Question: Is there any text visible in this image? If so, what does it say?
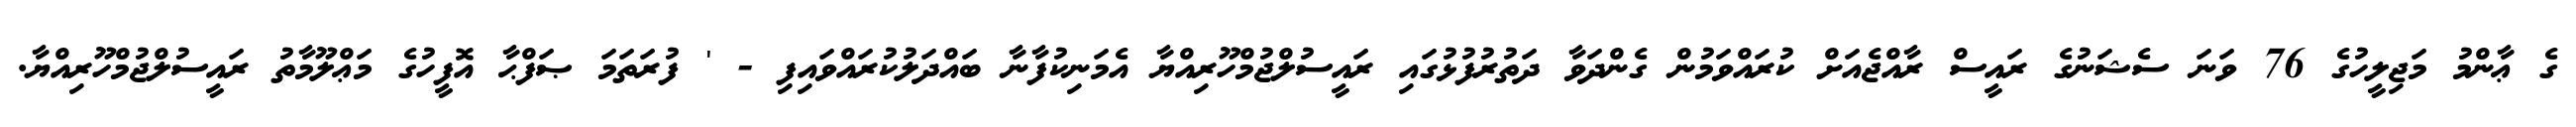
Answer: ގެ ޢާންމު މަޖިލީހުގެ 76 ވަނަ ސެޝަނުގެ ރައީސް ރާއްޖެއަށް ކުރައްވަމުން ގެންދަވާ ދަތުރުފުޅުގައި ރައީސުލްޖުމްހޫރިއްޔާ އެމަނިކުފާނާ ބައްދަލުކުރައްވައިފި - ' ފުރަތަމަ ޞަފްޙާ އޮފީހުގެ މަޢްލޫމާތު ރައީސުލްޖުމްހޫރިއްޔާ.